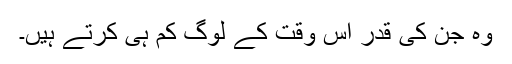
وہ جن کی قدر اس وقت کے لوگ کم ہی کرتے ہیں۔